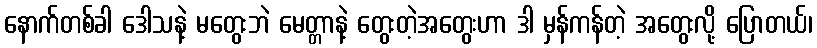
နောက်တစ်ခါ ဒေါသနဲ့ မတွေးဘဲ မေတ္တာနဲ့ တွေးတဲ့အတွေးဟာ ဒါ မှန်ကန်တဲ့ အတွေးလို့ ပြောတယ်၊